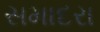
સમાદરા